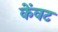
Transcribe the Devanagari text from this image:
केंवट